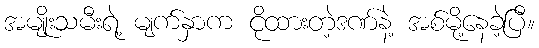
အမျိုးသမီးရဲ့ မျက်နှာက ငိုထားတဲ့ဒဏ်နဲ့ အစ်မို့နေခဲ့ပြီ။